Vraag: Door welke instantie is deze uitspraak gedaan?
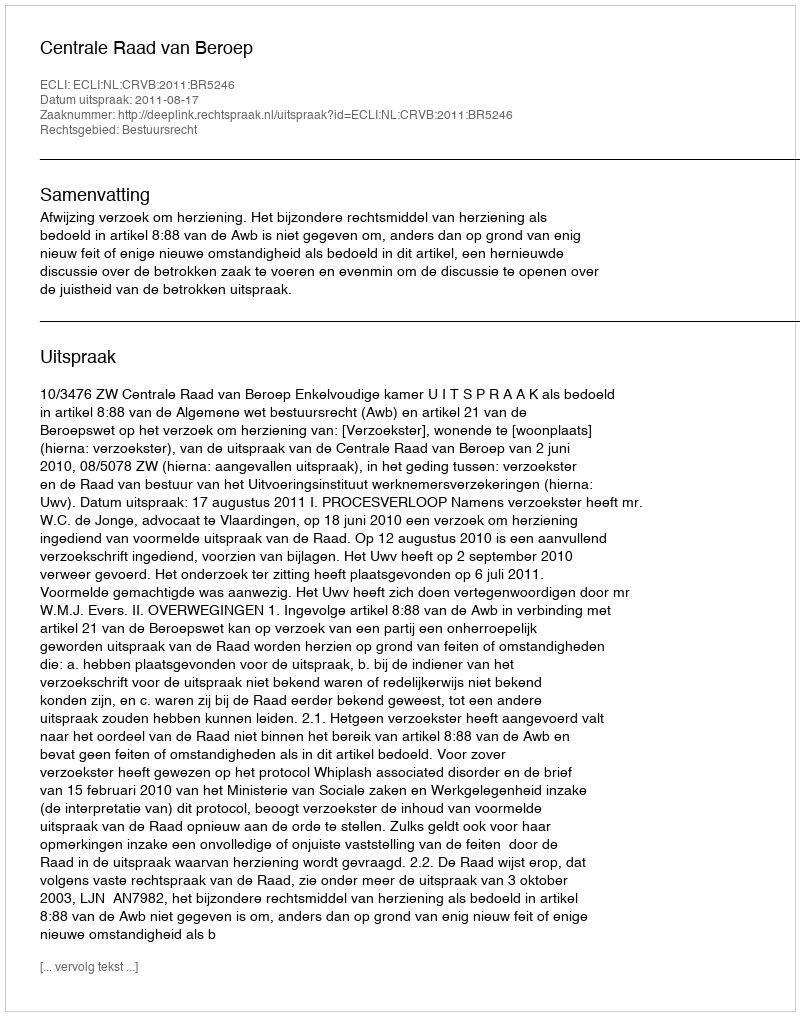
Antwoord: Centrale Raad van Beroep